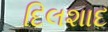
દિલશાદ